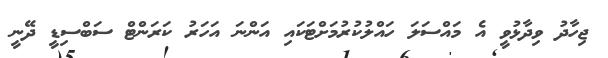
ޖިހާދު ވިދާޅުވީ އެ މައްސަލަ ހައްލުކުރުމަށްޓަކައި އަންނަ އަހަރު ކަރަންޓް ސަބްސިޑީ ދޭނީ